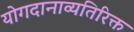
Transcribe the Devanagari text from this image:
योगदानाव्यतिरिक्त